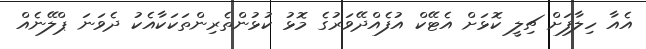
އެއާ ހިލާފަށް ޗިލީ ކޮޅަށް އެޓޭކް އުފެއްދޭވަރުގެ މޮޅު ކުޅުންތެރިންތަކަކާއެކު ދެވަނަ ޕްލޭނެއް